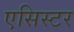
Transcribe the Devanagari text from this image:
एसिस्टर